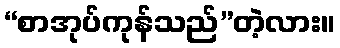
“စာအုပ်ကုန်သည်”တဲ့လား။